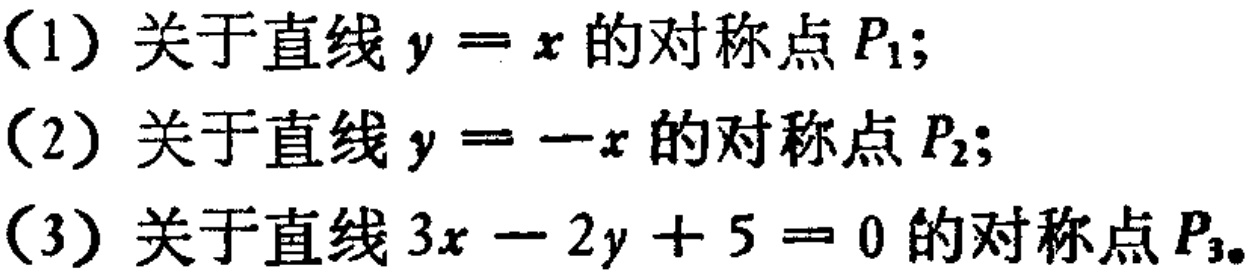
（1）关于直线\(y = x\)的对称点\(P_1\)；
（2）关于直线\(y = -x\)的对称点\(P_2\)；
（3）关于直线\(3x - 2y + 5 = 0\)的对称点\(P_3\)。